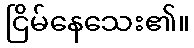
ငြိမ်နေသေး၏။